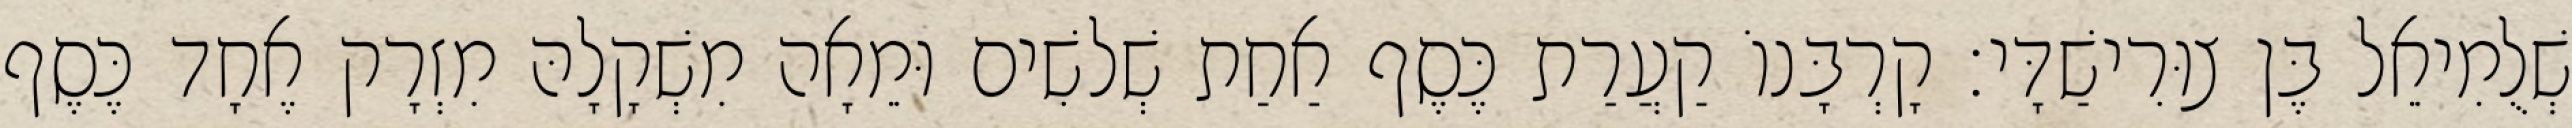
שְׁלֻמִיאֵל בֶּן צוּרִישַׁדָּי׃ קָרְבָּנוֹ קַעֲרַת כֶּסֶף אַחַת שְׁלשִׁים וּמֵאָה מִשְׁקָלָהּ מִזְרָק אֶחָד כֶּסֶף